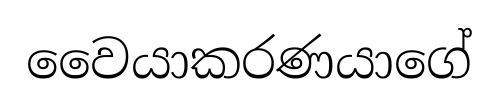
වෛයාකරණයාගේ